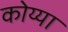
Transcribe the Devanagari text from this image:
कोय्या